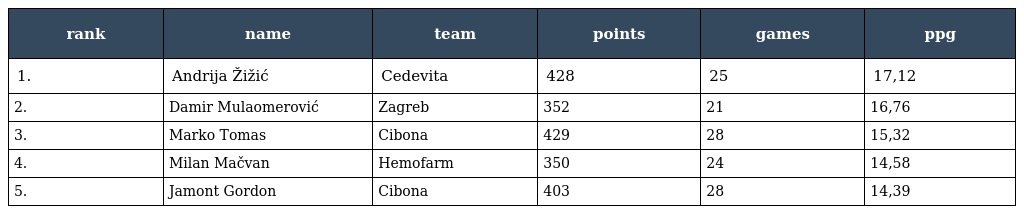
| rank | name | team | points | games | ppg |
 | --- | --- | --- | --- | --- | --- |
 | 1. | Andrija Žižić | Cedevita | 428 | 25 | 17,12 |
 | 2. | Damir Mulaomerović | Zagreb | 352 | 21 | 16,76 |
 | 3. | Marko Tomas | Cibona | 429 | 28 | 15,32 |
 | 4. | Milan Mačvan | Hemofarm | 350 | 24 | 14,58 |
 | 5. | Jamont Gordon | Cibona | 403 | 28 | 14,39 |